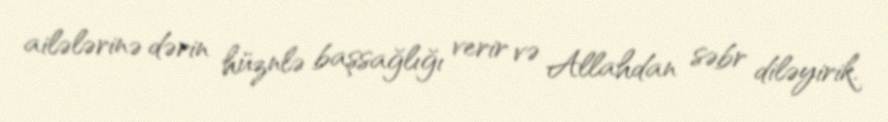
ailələrinə dərin hüznlə başsağlığı verir və Allahdan səbr diləyirik.